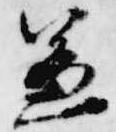
兼